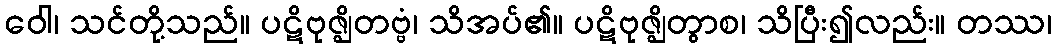
ဝေါ၊ သင်တို့သည်။ ပဋိဗုဇ္ဈိတဗ္ဗံ၊ သိအပ်၏။ ပဋိဗုဇ္ဈိတွာစ၊ သိပြီး၍လည်း။ တဿ၊